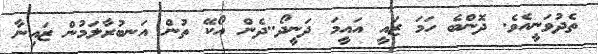
ތެދުވަނީއެވެ. ދޮންބެ ހަމަ ޒައީ އައީމަ ދަނީދޯ..ދެން އޯކޭ ތުން އަނބުރާލަމުން ޒައިނާ